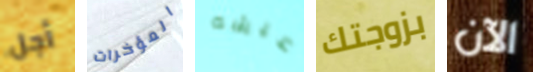
أجل المؤخرات عيشه بزوجتك الآن